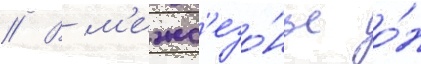
// В м'ежс'езо́нье о́н